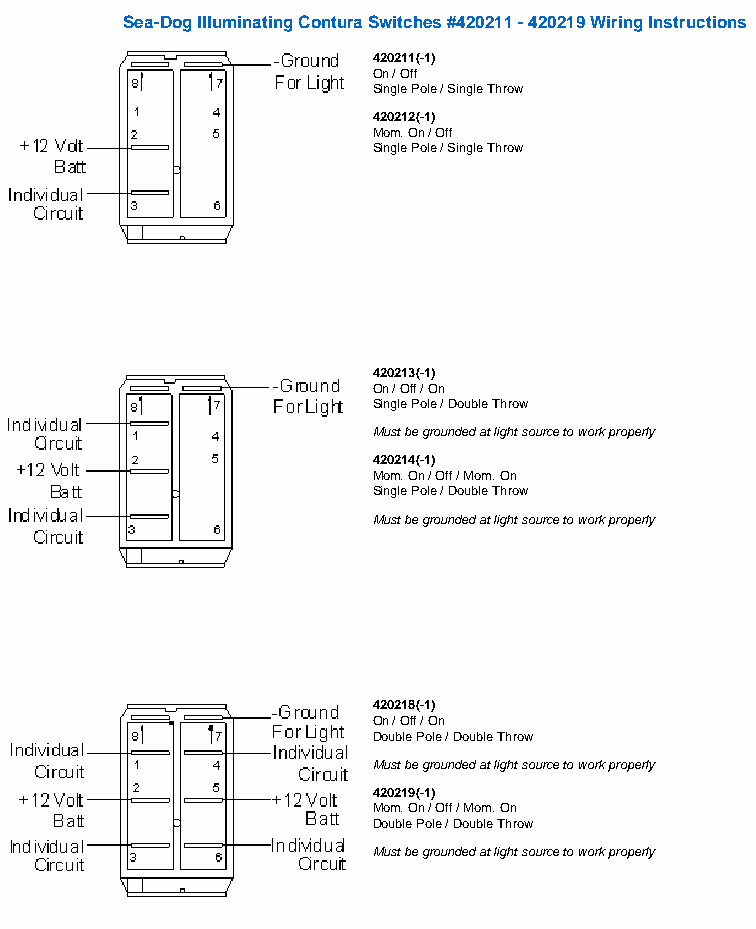
Sea-Dog Line: 420211 - 420219 Instructions
 Sea-Dog Illuminating Contura Switches #420211 - 420219 Wiring Instructions
 BROWSE
 420211(-1)
 NEW ITEMS                           On / Off
 Single Pole / Single Throw
 Merchandising
 420212(-1)
 Mom. On / Off
 Product Info
 Single Pole / Single Throw
 Top-Dog Dealers
 History
 Awards
 Contact Us
 Site Map
 420213(-1)
 On / Off / On
 Single Pole / Double Throw
 Must be grounded at light source to work properly
 420214(-1)
 Mom. On / Off / Mom. On
 Single Pole / Double Throw
 Must be grounded at light source to work properly
 420218(-1)
 On / Off / On
 Double Pole / Double Throw
 Must be grounded at light source to work properly
 420219(-1)
 Mom. On / Off / Mom. On
 Double Pole / Double Throw
 Must be grounded at light source to work properly
 Browse | New Items | Merchandising | Product Info | Top-Dog Dealers | History | Awards | Contact Us | Site Map
 Order 425.252.2148 Fax 425.339.1345 Copyright © 2010 Sea-Dog Corporation
 http://www.sea-dog.com/420211.html12/14/2010 11:27:40 AM